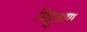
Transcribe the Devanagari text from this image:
बिहुवाण